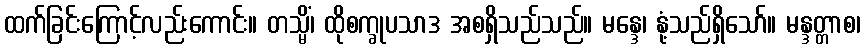
ထက်ခြင်းကြောင့်လည်းကောင်း။ တသ္မိံ၊ ထိုစက္ခုပသာဒ အစရှိသည်သည်။ မန္ဒေ၊ နုံ့သည်ရှိသော်။ မန္ဒတ္တာစ၊